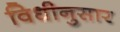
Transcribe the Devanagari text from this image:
विधीनुसार